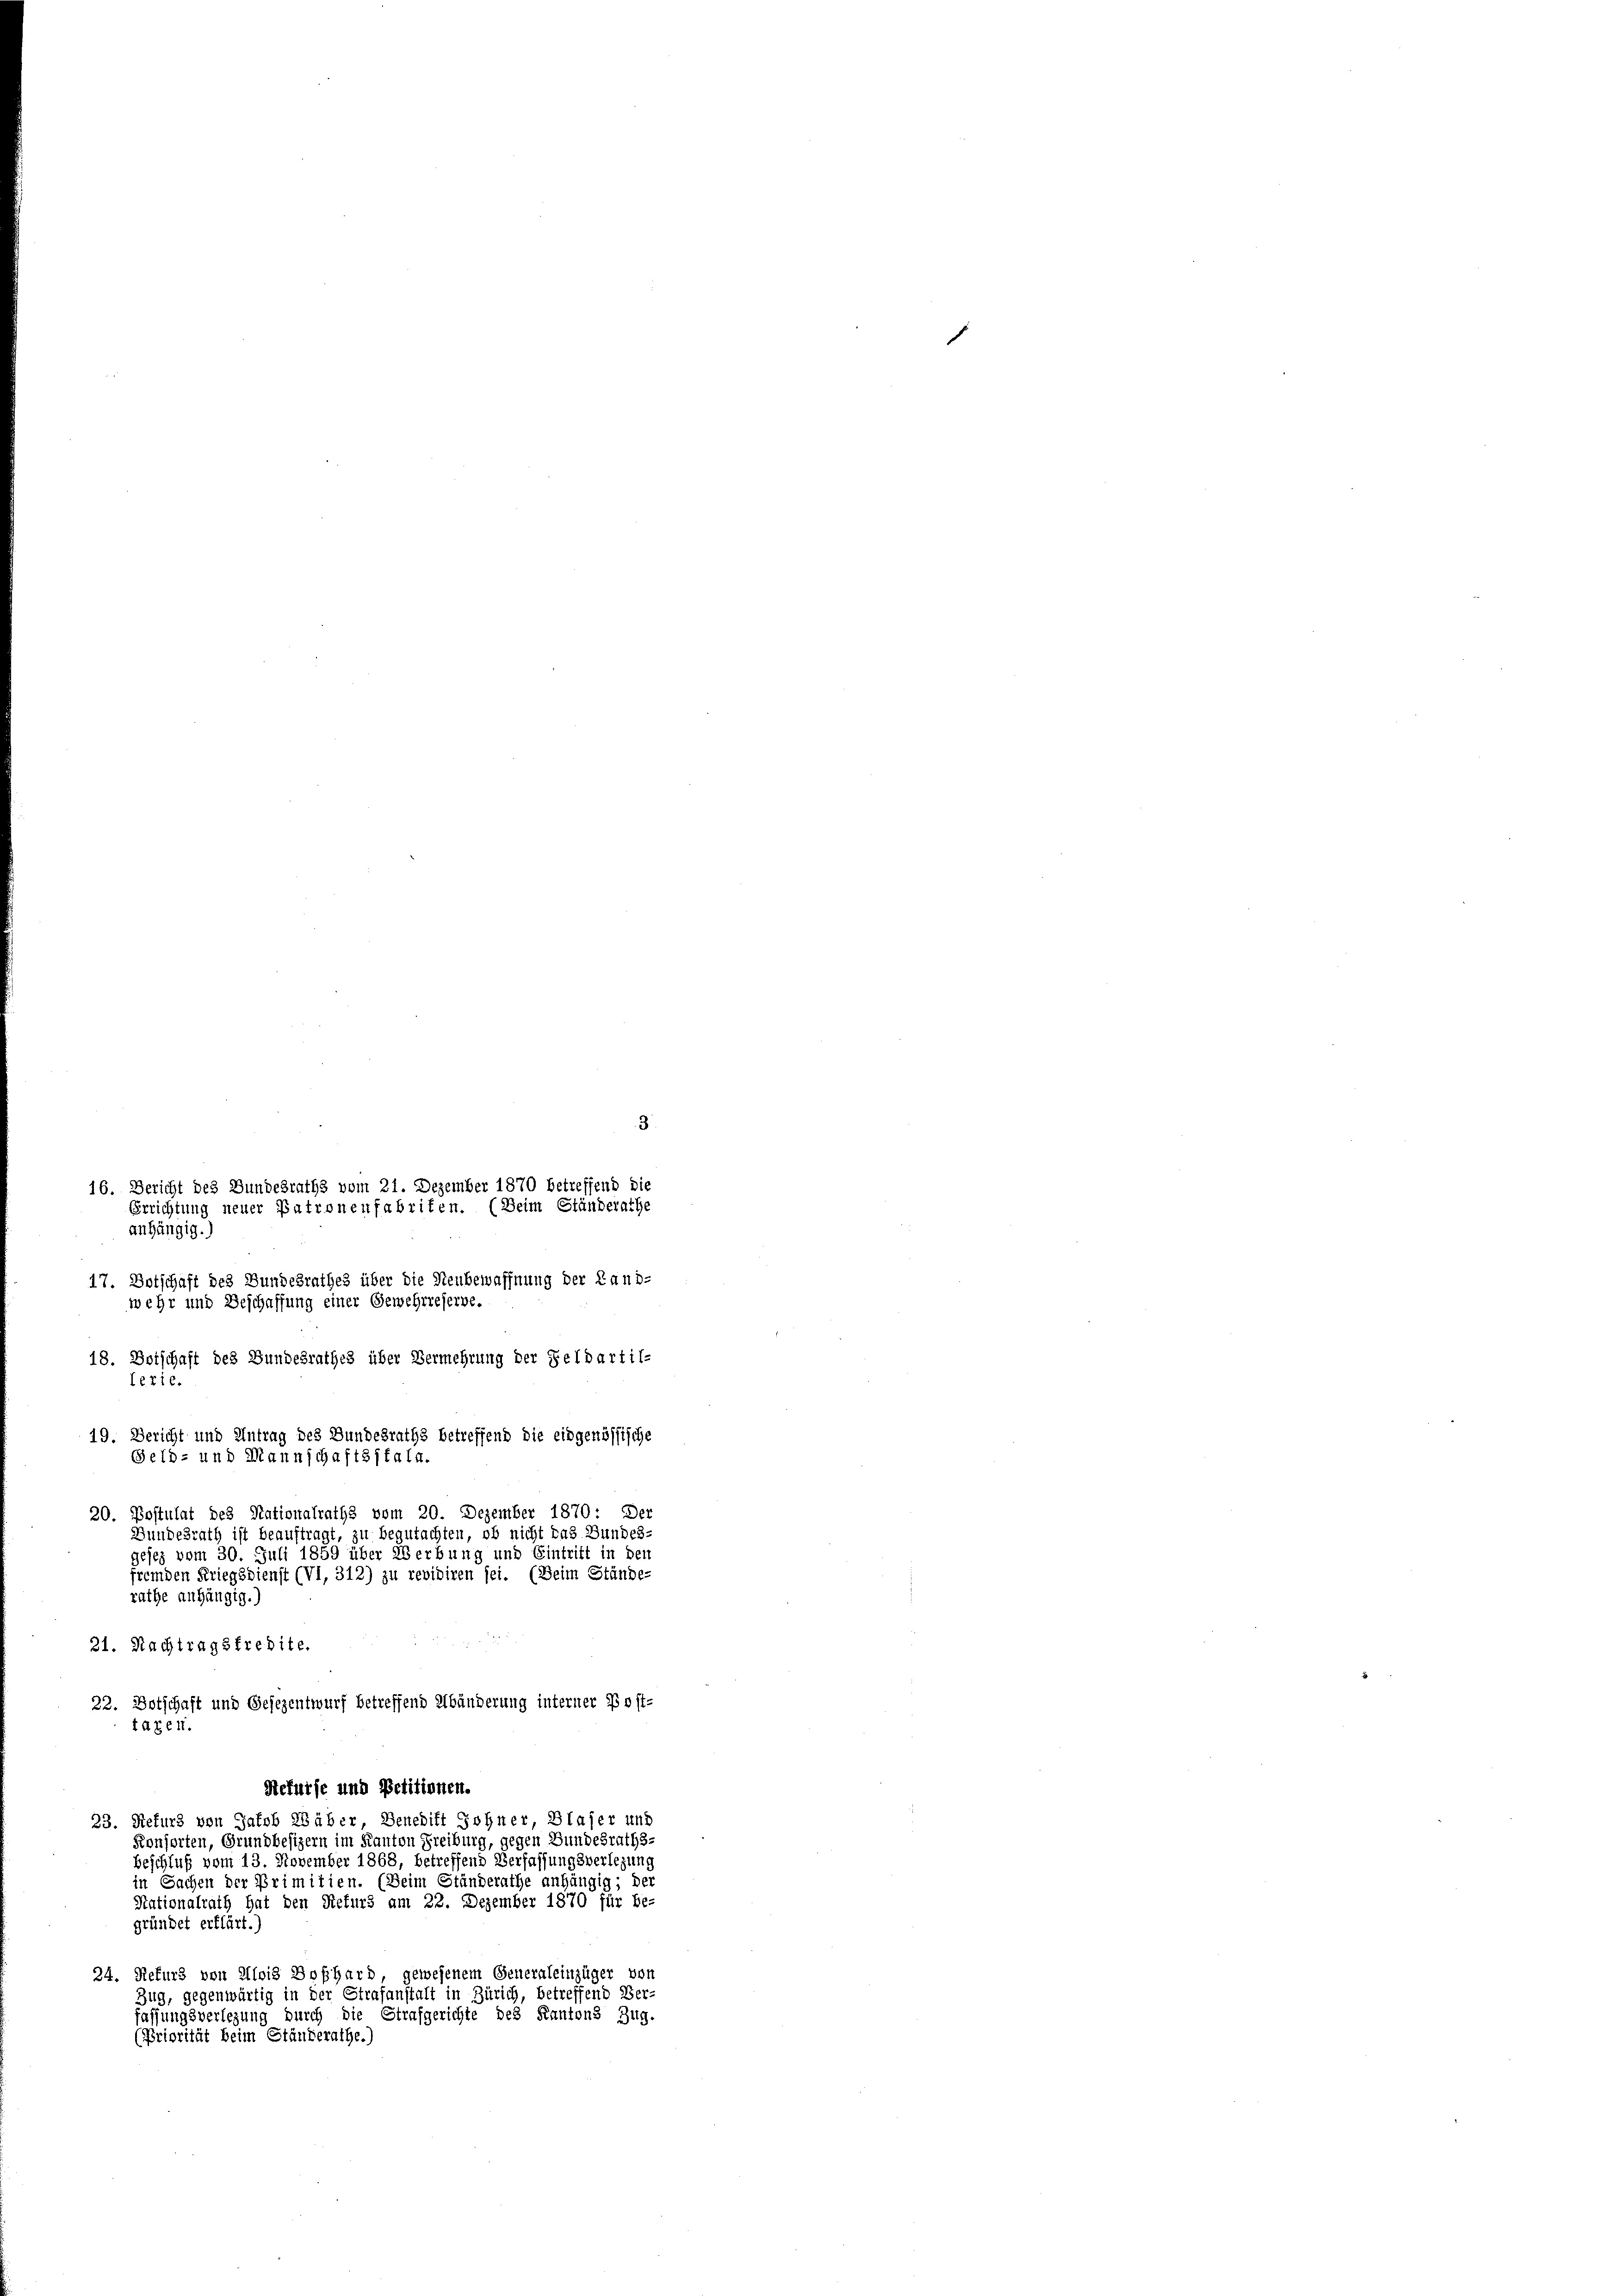
3
16. Bericht des Gundesraths vom 21. Dezember 1870 betreffend die
Errichtung neuer Patronenfabrifen. (Beim Ständerathe
anhängig.)
17. Botschaft des Bundesrathes über die Neubewaffnung der Land-

wehr und Beschaffung einer Gewehrreferne.
Sefurse und Petitionen.
23. Refurs von Jakob Wäber, Benedikt Johner, Blaser und
Konsorten, Grundbesizern im Kanton Freiburg, gegen Bundesraths-
Beschluß vom 13. November 1868, betreffend Verfassungsverlegung
in Sachen der Primitien. (Beim Ständerathe anhängig; der
Nationalrath hat den Refurs am 22. Dezember 1870 für be-
gründet erklärt.)
24. Refurs von Alois Boßhard, gewesenem Generaleinzüger von
Zug, gegenwärtig in der Strafanstalt in Zürich, betreffend Ver-
fassungsverlegung durch die Strafgerichte des Kantons Zug.
(Priorität beim Ständerathe.)

18. Boischaft des Bundesrathes über Vermehrung der Feldartil-
i
16
19. Bericht und Antrag des Bundesraths betreffend die eidgenössische
20. Postulat des Nationalrathe vom 20. Dezember 1870: Der
Bundesrath ist beauftragt, zu begutachten, ob nicht das Bundes-
gesez vom 30. Juli 1859 über Werbung und Eintritt in den
fremden Kriegsdienst (VI, 312) zu revidiren sei. (Beim Stände-
rathe anhängig.
21. Nachtragsfredite.
22. Botschaft und Gesezentwurf betreffend Abänderung interner Post-
taten.

Feld- und Mannschaftsstata.